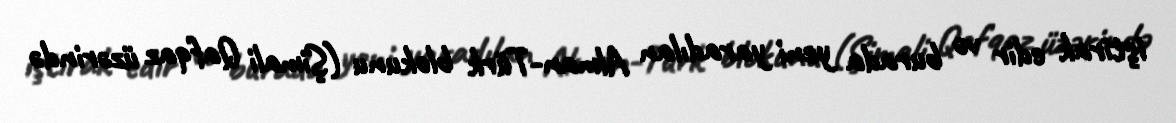
iştirak edir və burada yeni yaradılan Alman-Türk blokunu (Şimali Qafqaz üzərində